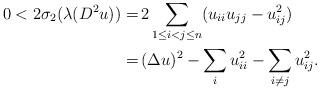
LaTeX: \begin{align*}\begin{aligned}0 < 2 \sigma_2 (\lambda (D^2 u)) = \,& 2 \sum_{1 \leq i < j \leq n} (u_{ii} u_{jj} - u_{ij}^2)\\ = \,& (\Delta u)^2 - \sum_i u_{ii}^2 - \sum_{i \neq j} u_{ij}^2.\end{aligned}\end{align*}